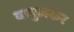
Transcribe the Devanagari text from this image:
बावुलकर